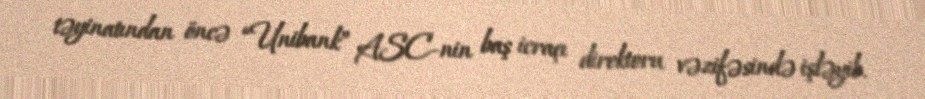
təyinatından öncə “Unibank” ASC-nin baş icraçı direktoru vəzifəsində işləyib.